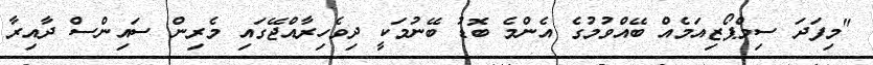
"މިފަދަ ސިމްޕޯޒިއަމެއް ބޭއްވުމުގެ އެންމެ ބޮޑު ބޭނުމަކީ ދިވެހިރާއްޖޭގައި މެރިން ސައިންސް ދާއިރާ